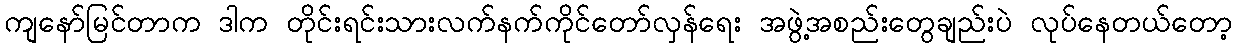
ကျနော်မြင်တာက ဒါက တိုင်းရင်းသားလက်နက်ကိုင်တော်လှန်ရေး အဖွဲ့အစည်းတွေချည်းပဲ လုပ်နေတယ်တော့